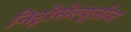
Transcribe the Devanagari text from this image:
निट्रोसेल्यूलोज